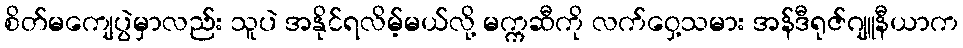
စိတ်မကျေပွဲမှာလည်း သူပဲ အနိုင်ရလိမ့်မယ်လို့ မက္ကဆီကို လက်ဝှေ့သမား အန်ဒီရုဇ်ဂျူနီယာက